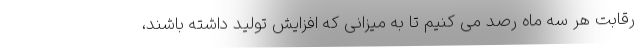
رقابت هر سه ماه رصد می کنیم تا به میزانی که افزایش تولید داشته باشند،